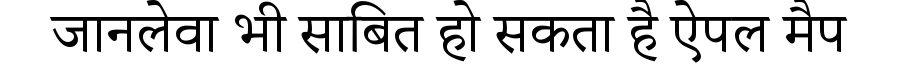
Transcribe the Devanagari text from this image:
जानलेवा भी साबित हो सकता है ऐपल मैप